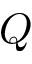
Q